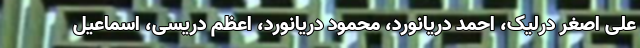
علی اصغر درلیک، احمد دریانورد، محمود دریانورد، اعظم دریسی، اسماعیل